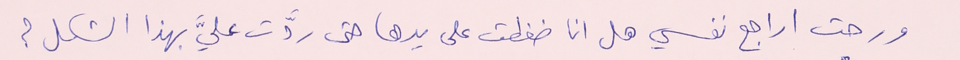
ورحت اراجع نفسي هل انا ضغطت على يدها حتى ردَّت عليَّ بهذا الشكل ؟